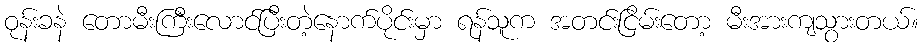
ဝုန်းခနဲ တောမီးကြီးလောင်ပြီးတဲ့နောက်ပိုင်းမှာ ရန်သူက အတင်းငြိမ်းတော့ မီးအားကျသွားတယ်။